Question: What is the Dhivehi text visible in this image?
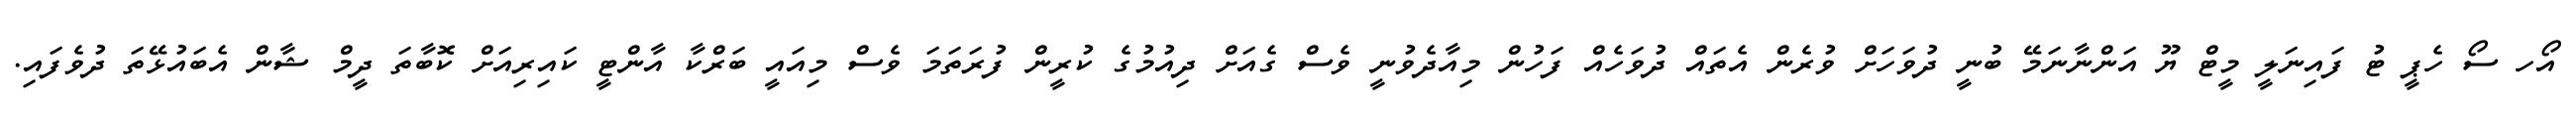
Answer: އޯހ ސޯ ހެޕީ ޓު ފައިނަލީ މީޓް ޔޫ އަންނާނަމޭ ބުނީ ދުވަހަށް ވުރެން އެތައް ދުވަހެއް ފަހުން މިއާދެވުނީ ވެސް ގެއަށް ދިއުމުގެ ކުރީން ފުރަތަމަ ވެސް މިއައީ ބަރްކާ އާންޓީ ކައިރިއަށް ކޮބާތަ ދީމް ޝާން އެބައުޅޭތަ ދުވެފައި.